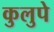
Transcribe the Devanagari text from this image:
कुलुपे